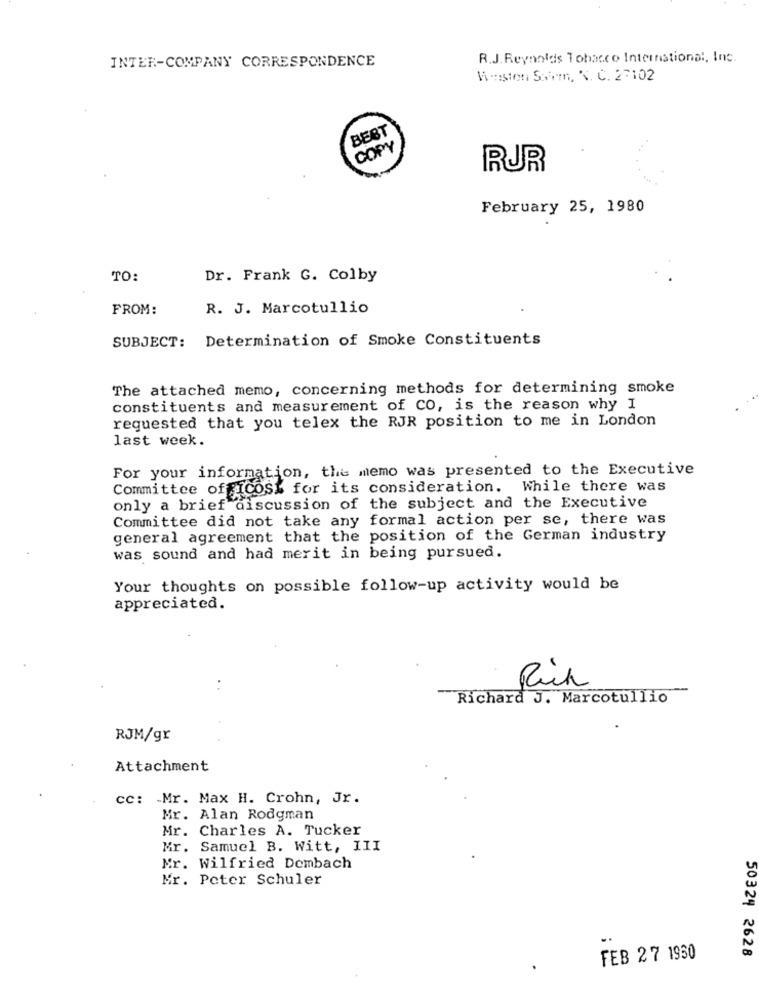
INTER-COMPANY CORRESPONDENCE
R.J. Reynolds Tobacco International, Inc.
Waston Soom, N. C. 27102
BEST
COPY
RUR
February 25, 1980
TO:
Dr. Frank G. Colby
FROM:
R. J. Marcotullio
SUBJECT: Determination of Smoke Constituents
The attached memo, concerning methods for determining smoke
constituents and measurement of CO, is the reason why I
requested that you telex the RJR position to me in London
last week.
For your information, the memo was presented to the Executive
Committee of ICOS% for its consideration. While there was
only a brief discussion of the subject and the Executive
Committee did not take any formal action per se, there was
general agreement that the position of the German industry
was sound and had merit in being pursued.
Your thoughts on possible follow-up activity would be
appreciated.
Rück
--
Richard J. Marcotullio
RJM/gr
Attachment
cc: Mr. Max H. Crohn, Jr.
Mr. Alan Rodgman
Mr. Charles A. Tucker
Mr. Samuel B. Witt, III
Mr. Wilfried Dembach
Mr. Peter Schuler
FEB 27 1950
50324 2628